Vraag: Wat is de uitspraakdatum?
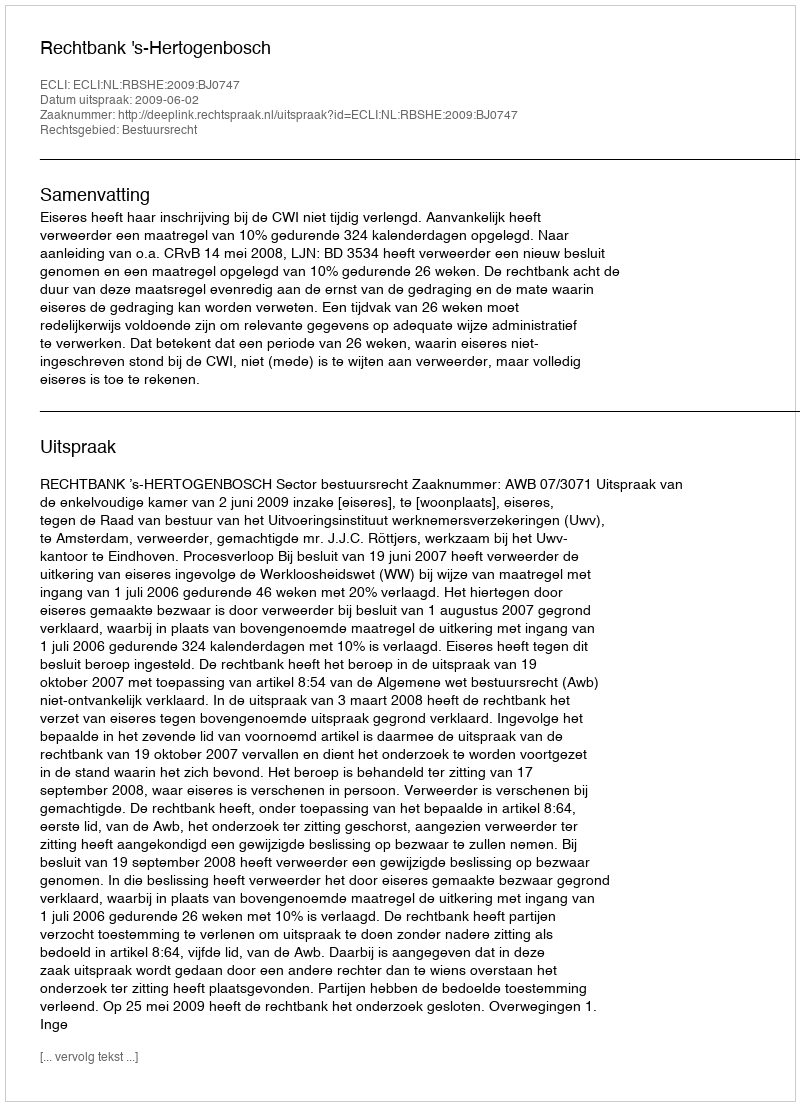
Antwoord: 2009-06-02